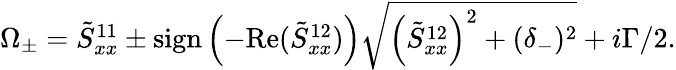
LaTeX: \begin{array}{r}{\Omega_{\pm}=\tilde{S}_{xx}^{11}\pm\textrm{sign}\left(-\textrm{Re}(\tilde{S}_{xx}^{12})\right)\sqrt{\left(\tilde{S}_{xx}^{12}\right)^{2}+(\delta_{-})^{2}}+i\Gamma/2.}\end{array}